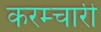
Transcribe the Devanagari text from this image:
करम्चारी